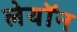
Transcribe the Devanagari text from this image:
लेयॉन